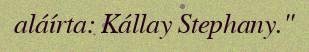
aláírta: Kállay Stephany."